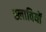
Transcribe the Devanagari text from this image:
स्लावियों